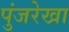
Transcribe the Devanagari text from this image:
पुंजरेखा